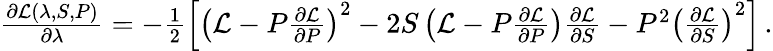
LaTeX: \begin{array}{r}{\frac{\partial\mathcal{L}(\lambda,S,P)}{\partial\lambda}=-\frac{1}{2}\left[\left(\mathcal{L}-P\frac{\partial\mathcal{L}}{\partial P}\right)^{2}-2S\left(\mathcal{L}-P\frac{\partial\mathcal{L}}{\partial P}\right)\frac{\partial\mathcal{L}}{\partial S}-P^{2}\left(\frac{\partial\mathcal{L}}{\partial S}\right)^{2}\right]\, .}\end{array}